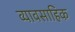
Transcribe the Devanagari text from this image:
व्यावसाहिक